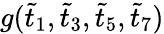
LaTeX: g(\tilde{t}_{1},\tilde{t}_{3},\tilde{t}_{5},\tilde{t}_{7})